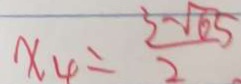
x _ { 4 } = \frac { 3 \sqrt { 6 5 } } { 2 }